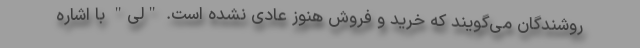
روشندگان می‌گویند که خرید و فروش هنوز عادی نشده است. "لی" با اشاره